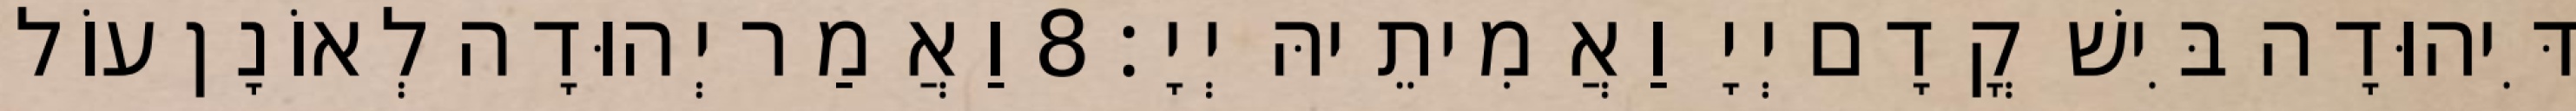
דִּיהוּדָה בִּישׁ קֳדָם יְיָ וַאֲמִיתֵיהּ יְיָ׃ 8 וַאֲמַר יְהוּדָה לְאוֹנָן עוֹל